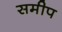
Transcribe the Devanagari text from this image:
समीप